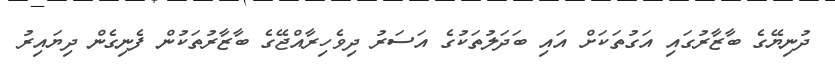
ދުނިޔޭގެ ބާޒާރުގައި އަގުތަކަށް އައި ބަދަލުތަކުގެ އަސަރު ދިވެހިރާއްޖޭގެ ބާޒާރުތަކުން ފެނިގެން ދިޔައިރު